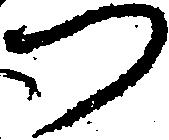
つ